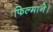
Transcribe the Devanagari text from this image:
फिल्माने।